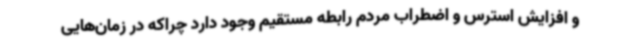
و افزایش استرس و اضطراب مردم رابطه مستقیم وجود دارد چراکه در زمان‌هایی